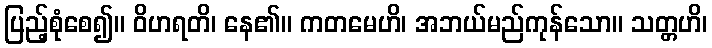
ပြည့်စုံစေ၍။ ဝိဟရတိ၊ နေ၏။ ကတမေဟိ၊ အဘယ်မည်ကုန်သော။ သတ္တဟိ၊